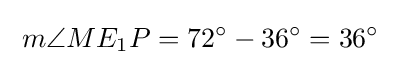
\;m\angle ME_{1}P=72^{\circ }-36^{\circ }=36^{\circ }\;